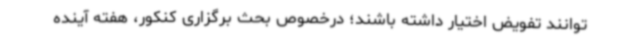
توانند تفویض اختیار داشته باشند؛ درخصوص بحث برگزاری کنکور، هفته آینده